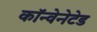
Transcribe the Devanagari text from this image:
कॉन्वेनेटेड